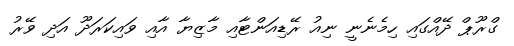
ގްރޫޕް ދޭއްގައި ހިމެނެނީ ނިއު ރޭޑިއަންޓާއި މާޒިޔާ އާއި ވައިކަރަދޫ އަދި ވޭރު